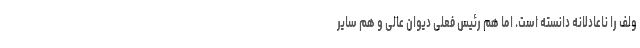
ولف را ناعادلانه دانسته است. اما هم رئیس فعلی دیوان عالی و هم سایر